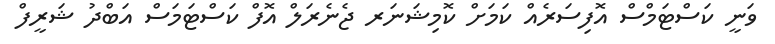
ވަނީ ކަސްޓަމްސް އޮފިސަރެއް ކަމަށް ކޮމިޝަނަރ ޖެނެރަލް އޮފް ކަސްޓަމަސް އަބްދު ޝަރީފް